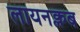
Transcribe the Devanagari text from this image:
लायनक्लब